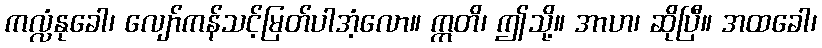
ကလ္လံနုခေါ၊ လျော်ကန်သင့်မြတ်ပါအံ့လော။ ဣတိ၊ ဤသို့။ အာဟ၊ ဆိုပြီ။ အထခေါ၊